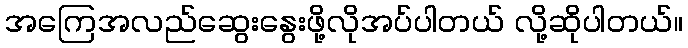
အကြေအလည်ဆွေးနွေးဖို့လိုအပ်ပါတယ် လို့ဆိုပါတယ်။